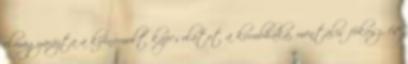
elmagyarázta a kifinomult kapcsolatot a kumbhaka, mentális fókusz, és